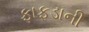
ફાફડાની